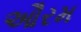
ઔરમ